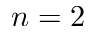
n = 2